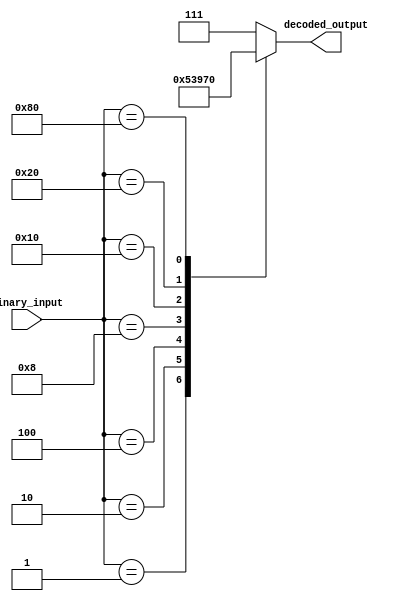
module octal_decoder (
    input [7:0] binary_input,
    output reg [2:0] decoded_output
);

always @(*) begin
    case(binary_input)
        8'b00000001: decoded_output = 3'b001;
        8'b00000010: decoded_output = 3'b010;
        8'b00000100: decoded_output = 3'b011;
        8'b00001000: decoded_output = 3'b100;
        8'b00010000: decoded_output = 3'b101;
        8'b00100000: decoded_output = 3'b110;
        8'b01000000: decoded_output = 3'b111;
        8'b10000000: decoded_output = 3'b000;
        default: decoded_output = 3'b111; //default all outputs are inactive
    endcase
end

endmodule